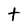
Character: t